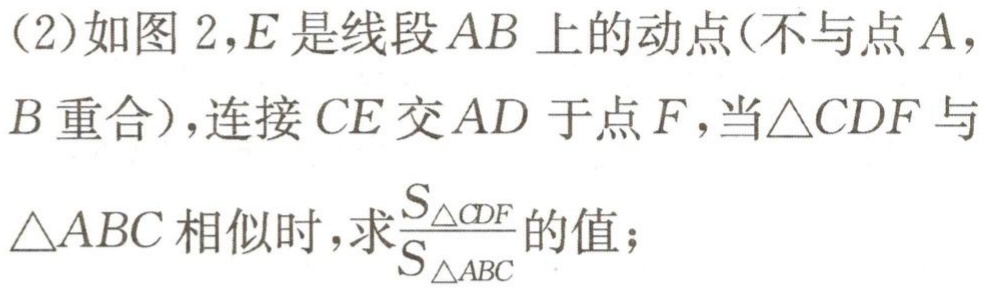
(2)如图 2，$E$是线段$AB$上的动点(不与点$A$，$B$重合)，连接$CE$交$AD$于点$F$，当$\triangle CDF$与$\triangle ABC$相似时，求$\frac{S_{\triangle CDF}}{S_{\triangle ABC}}$的值；